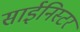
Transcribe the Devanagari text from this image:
साईनिस्टर